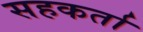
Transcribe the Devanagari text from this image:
सहकर्ता